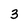
Character: 3